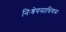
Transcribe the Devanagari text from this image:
निःश्रेयसाधिगमः